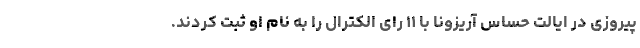
پیروزی در ایالت حساس آریزونا با ۱۱ رای الکترال را به نام او ثبت کردند.